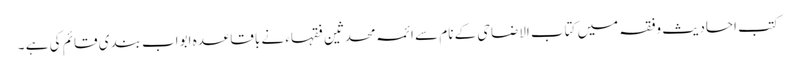
کتب احادیث وفقہ میں کتاب الاضاحی کے نام سے ائمہ محدثین فقہاء نے باقاعدہ ابواب بندی قائم کی ہے ۔